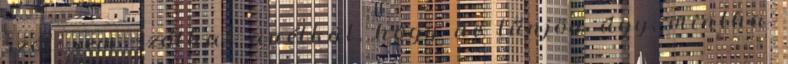
szót sem szólhat anélkül, hogy ne tűnjön úgy, mintha